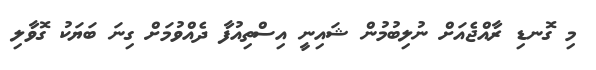
މި ގޮނޑި ރާއްޖެއަަށް ނުލިބުމުން ޝައިނީ އިސްތިއުފާ ދެއްވުމަށް ގިނަ ބަޔަކު ގޮވާލި